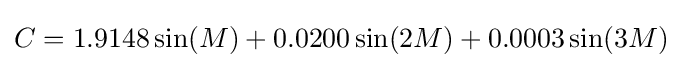
C=1.9148\sin(M)+0.0200\sin(2M)+0.0003\sin(3M)